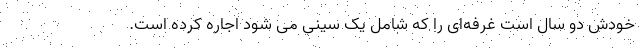
خودش دو سال است غرفه‌ای را که شامل یک سینی می شود اجاره کرده است.